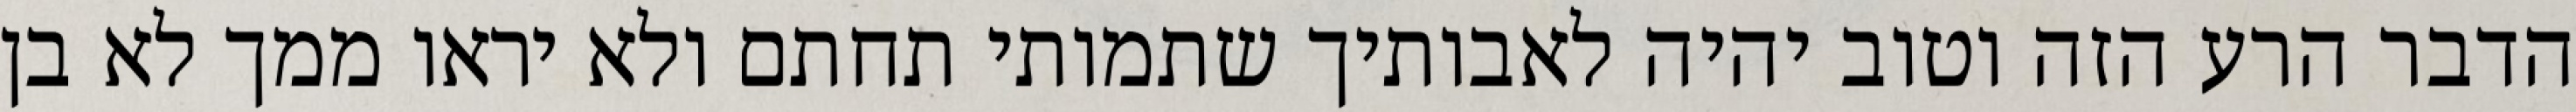
הדבר הרע הזה וטוב יהיה לאבותיך שתמותי תחתם ולא יראו ממך לא בן